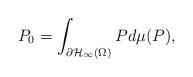
LaTeX: \begin{align*}P_{0}=\int_{\partial\mathcal{H}_{\infty}(\Omega)}P d\mu(P),\end{align*}